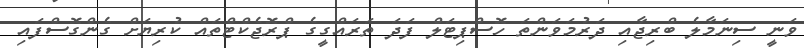
ވަނީ ސިނަމާލެ ބްރިޖާއި ދަރުމަވަންތަ ހޮސްޕިޓަލް ފަދަ ތަރައްގީގެ ޕްރޮޖެކްޓްތައް ކުރިޔަށް ގެންގޮސްފައި